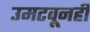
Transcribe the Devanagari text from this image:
उमटवूनही